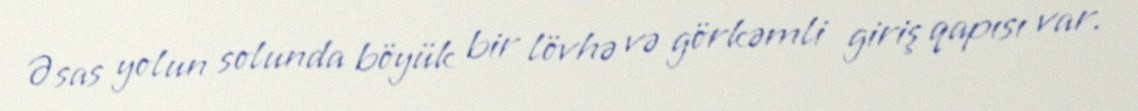
Əsas yolun solunda böyük bir lövhə və görkəmli giriş qapısı var.